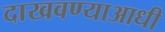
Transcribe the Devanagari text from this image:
दाखवण्याआधी